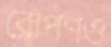
রোপণও